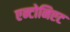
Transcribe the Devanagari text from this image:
एन्टोनिएट